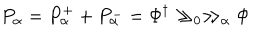
P _ { \alpha } = P _ { \alpha } ^ { + } + P _ { \alpha } ^ { - } = \Phi ^ { \dagger } \gg _ { 0 } \gg _ { \alpha } \Phi